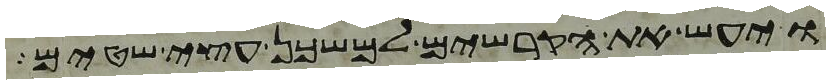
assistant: ויעש את הקרשים למשכן עצי שטים